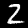
Digit: 2